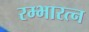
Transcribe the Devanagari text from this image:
रम्भारत्न